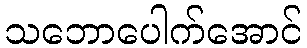
သဘောပေါက်အောင်